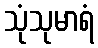
သုံသုမာရံ